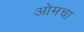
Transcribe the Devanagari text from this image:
ओमचा